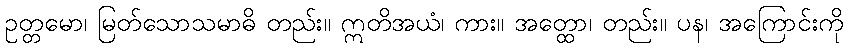
ဥတ္တမော၊ မြတ်သောသမာဓိ တည်း။ ဣတိအယံ၊ ကား။ အတ္ထော၊ တည်း။ ပန၊ အကြောင်းကို